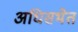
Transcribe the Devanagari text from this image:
अधिसभेत